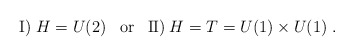
\begin{align*}\mbox{I)}\; H=U(2) \;\;\;\mbox{or}\;\;\;\mbox{I\hspace{-.4mm}I)}\; H=T=U(1)\times U(1)\; .\end{align*}